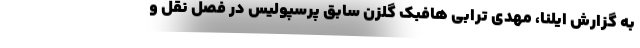
به گزارش ایلنا، مهدی ترابی هافبک گلزن سابق پرسپولیس در فصل نقل و